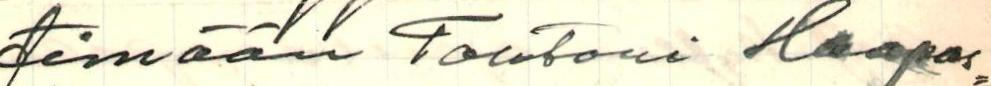
timään Tohtori Haapas=